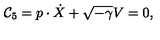
{ \cal C } _ { 5 } = p \cdot \dot { X } + \sqrt { - \gamma } V = 0 ,